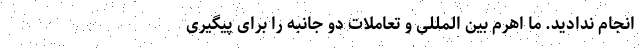
انجام ندادید. ما اهرم بین المللی و تعاملات دو جانبه را برای پیگیری